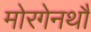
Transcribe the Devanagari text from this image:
मोरगेनथौ